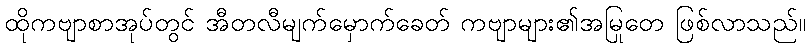
ထိုကဗျာစာအုပ်တွင် အီတလီမျက်မှောက်ခေတ် ကဗျာများ၏အမြုတေ ဖြစ်လာသည်။